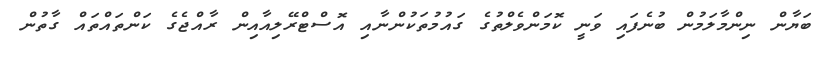
ބަޔާން ނިންމާލަމުން ބުނެފައި ވަނީ ކޮމަންވެލްތުގެ ގައުމުތަކުންނާއި އޮސްޓްރޭލިއާއިން ރާއްޖެގެ ކަންތައްތައް ގާތުން